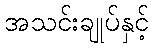
အသင်းချုပ်နှင့်